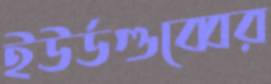
ইউর্ডগুব্বের